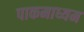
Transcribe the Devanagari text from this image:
पाकमाध्यम